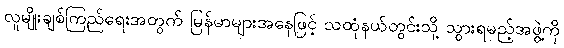
လူမျိုးချစ်ကြည်ရေးအတွက် မြန်မာများအနေဖြင့် သထုံနယ်တွင်းသို့ သွားရမည့်အဖွဲ့ကို